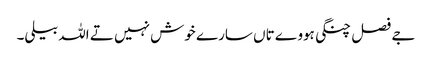
جے فصل چنگی ہووے تاں سارے خوش نہیں تے اللہ بیلی۔